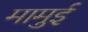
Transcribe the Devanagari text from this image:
मामुई